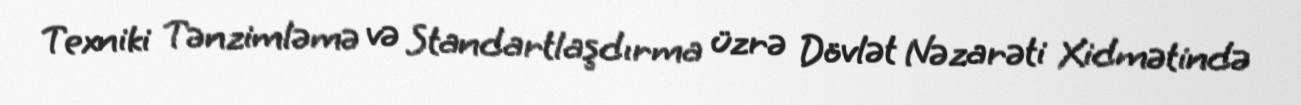
Texniki Tənzimləmə və Standartlaşdırma üzrə Dövlət Nəzarəti Xidmətində